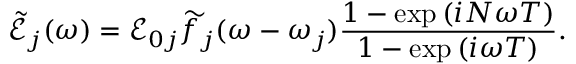
\mathcal { \widetilde E } _ { j } ( \omega ) = \mathcal { E } _ { 0 j } \widetilde f _ { j } ( \omega - \omega _ { j } ) \frac { 1 - \exp { ( i N \omega T ) } } { 1 - \exp { ( i \omega T ) } } .